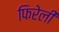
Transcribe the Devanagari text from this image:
फिरेली